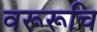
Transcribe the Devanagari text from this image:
वरूरूचि